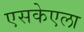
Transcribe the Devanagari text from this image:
एसकेएला